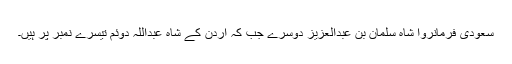
سعودی فرمانروا شاہ سلمان بن عبدالعزیز دوسرے جب کہ اردن کے شاہ عبداللہ دوئم تیسرے نمبر پر ہیں۔